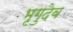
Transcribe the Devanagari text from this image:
भृगुदेव